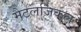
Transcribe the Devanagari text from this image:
मैटलर्जिकल